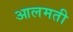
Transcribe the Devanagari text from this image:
आलमती